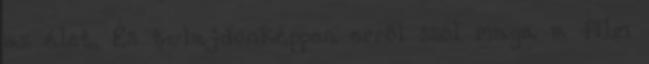
az élet. És tulajdonképpen erről szól maga a film